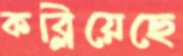
কব্‌লিয়েছে